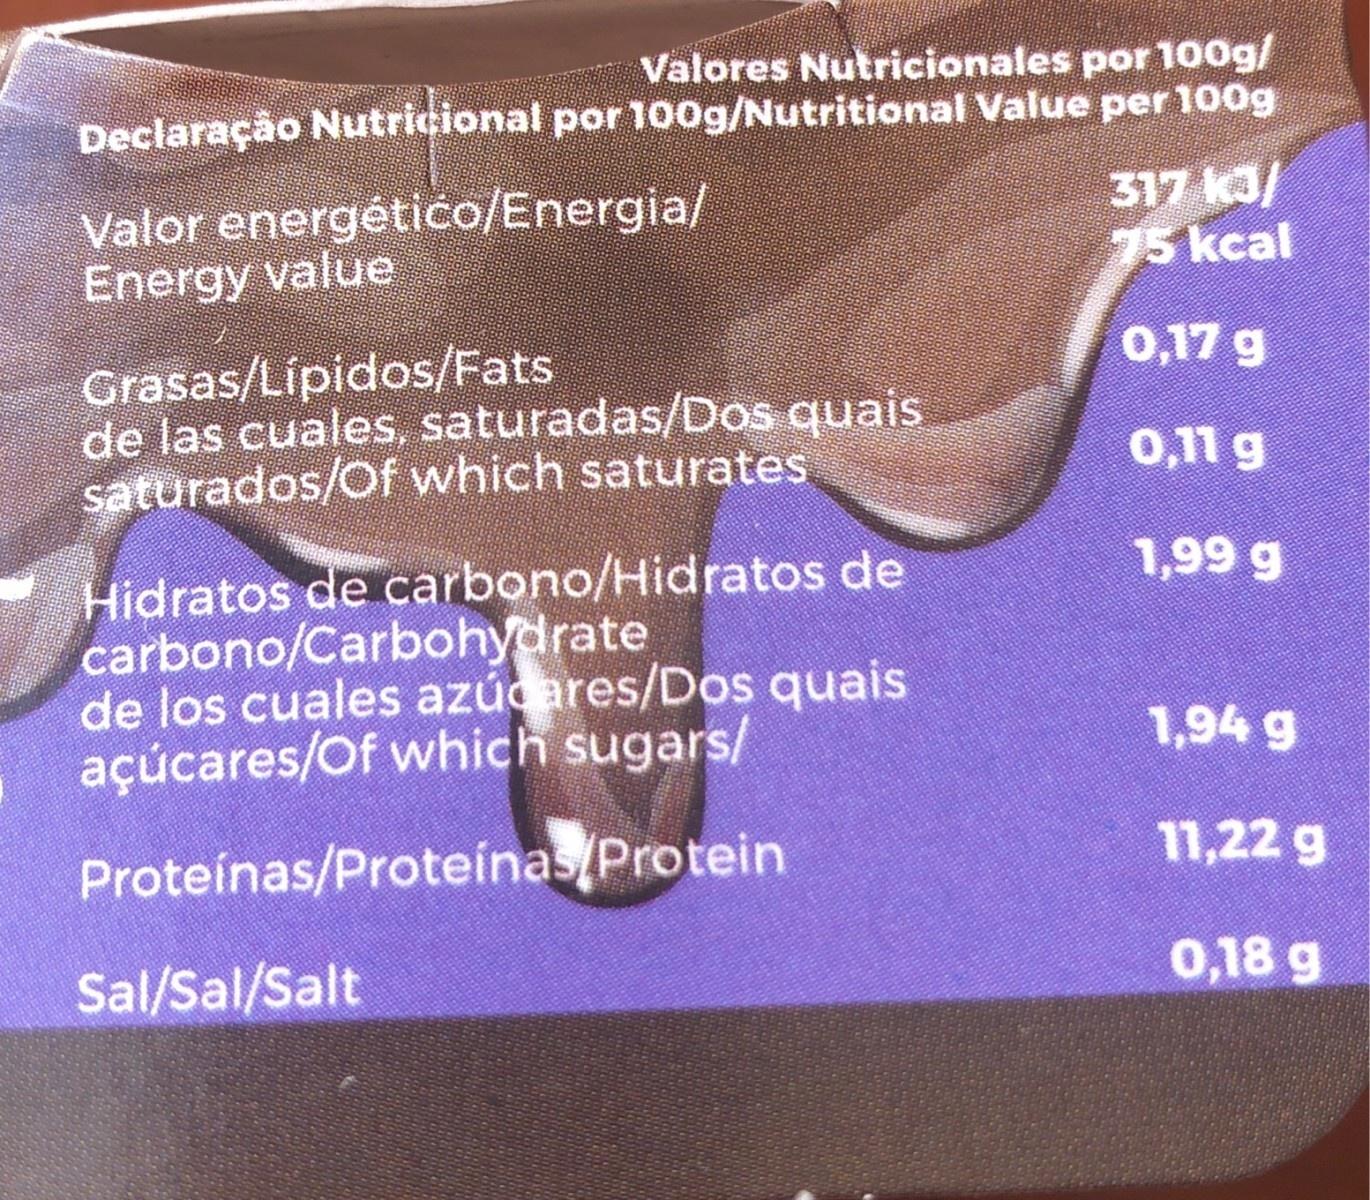
Valores Nutricionales por 100g/ Declaração Nutricional por 100g/Nutritional Value per 100g
Valor energétićo/Energia/ Energy value
317 k3/ 75 kcal
0,17 g
Grasas/Lipidos/Fats de las cuales, saturadas/Dos quais saturados/Of which saturates
0,11 g
1,99 g
Hidratos de carbono/Hidratos de carbono/Carbohydrate de los cuales azúcares/Dos quais açúcares/Of which sugars/
1,94 g
Proteínas/Proteínas/Protein
11,22 g
Sal/Sal/Salt
0,18 g